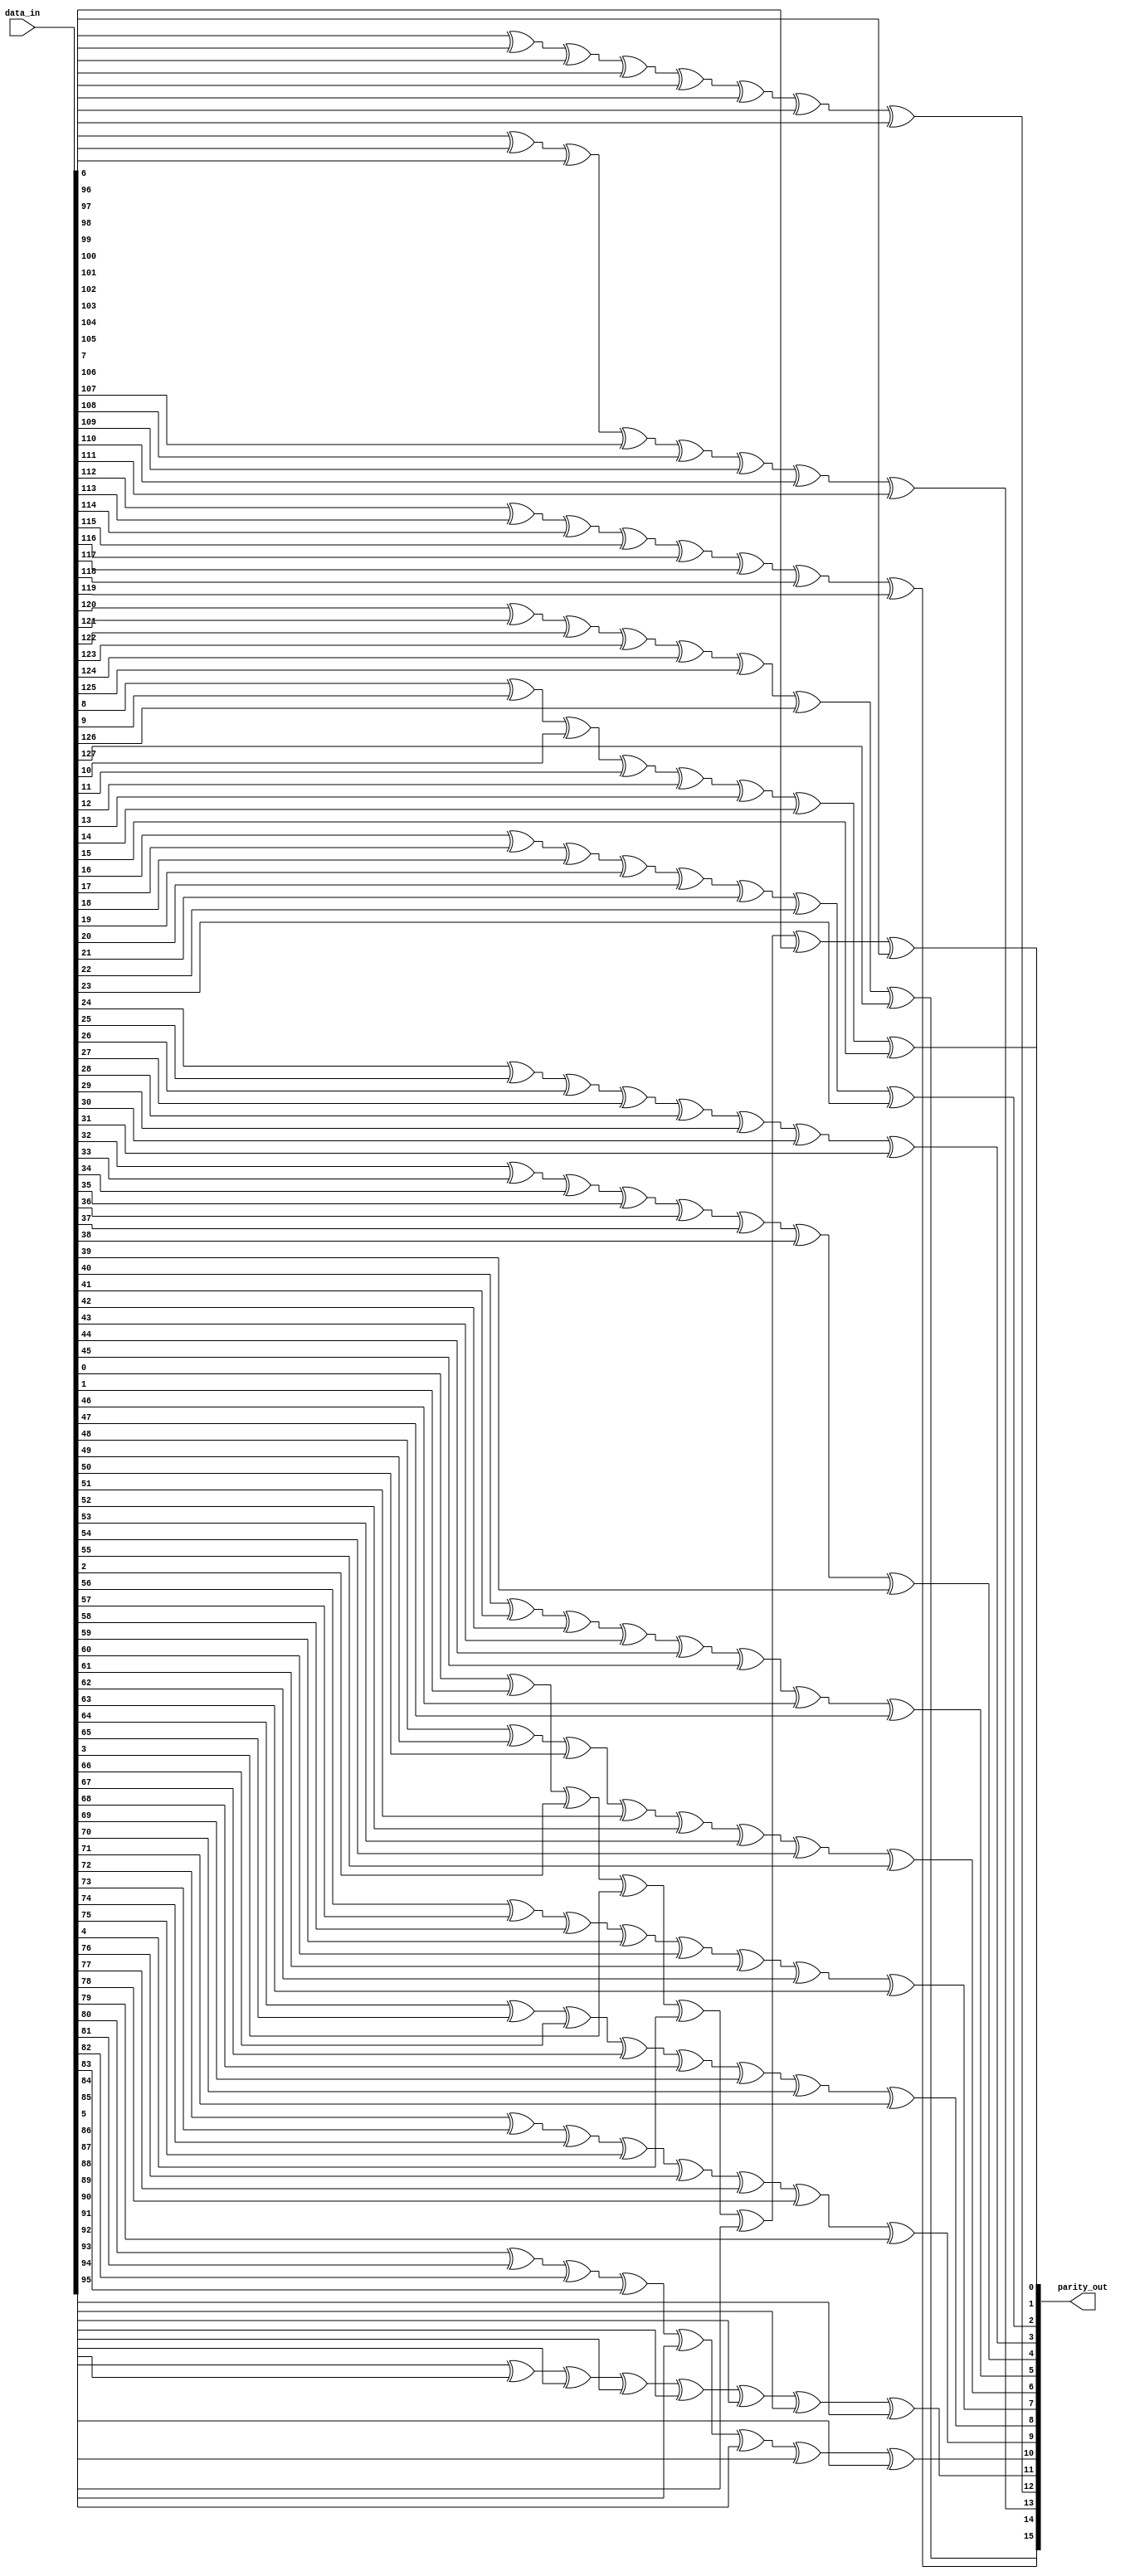
module lsu_dc_parity_gen (parity_out, data_in);
parameter WIDTH = 8 ;
parameter NUM = 16 ;
input	[WIDTH * NUM - 1 : 0]	data_in ; 
output	[NUM - 1 : 0]		parity_out ; 
reg	[NUM - 1 : 0]		parity ; 
integer i ;
integer j ;
always @(data_in)
    for (i = 0; i <= NUM - 1 ; i = i + 1) begin
	    parity[i] = 1'b0 ;
        for (j = WIDTH * i; j <= WIDTH * (i + 1) - 1 ; j = j + 1) begin
            parity[i] = parity[i] ^ data_in[j] ;
        end
    end
assign parity_out[NUM - 1 : 0] = parity[NUM - 1 : 0];
endmodule